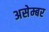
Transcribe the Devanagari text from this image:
असेम्बर